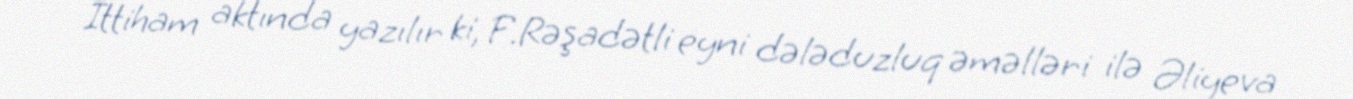
İttiham aktında yazılır ki, F.Rəşadətli eyni dələduzluq əməlləri ilə Əliyeva